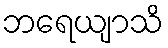
ဘရေယျာသိ